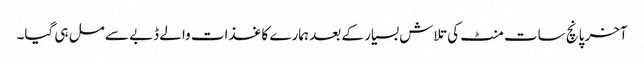
آخر پانچ سات منٹ کی تلاش بسیار کے بعد ہمارے کاغذات والے ڈبے سے مل ہی گیا۔